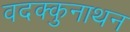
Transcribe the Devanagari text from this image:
वदक्कुनाथन